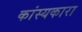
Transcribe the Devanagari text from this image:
कांस्यकारा